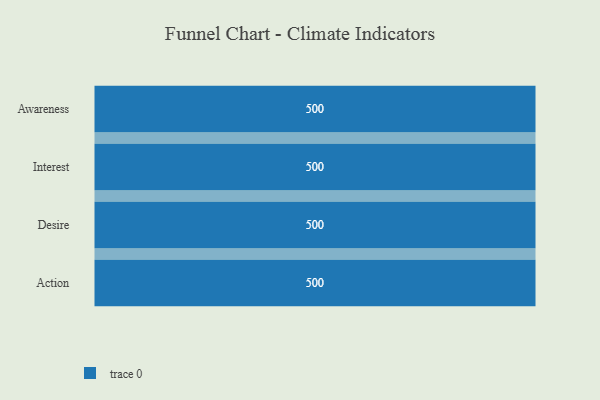
{"axis": {"x": "Stage", "y": "Value"}, "legend": [""], "data": [{"x": "Awareness", "y": 500, "type": ""}, {"x": "Interest", "y": 500, "type": ""}, {"x": "Desire", "y": 500, "type": ""}, {"x": "Action", "y": 500, "type": ""}]}